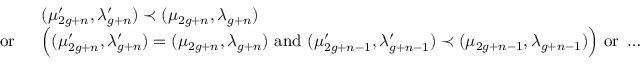
\begin{array} { r l } & { \: ( \mu _ { 2 g + n } ^ { \prime } , \lambda _ { g + n } ^ { \prime } ) \prec ( \mu _ { 2 g + n } , \lambda _ { g + n } ) } \\ { \mathrm { ~ o r ~ } } & { \: \Big ( ( \mu _ { 2 g + n } ^ { \prime } , \lambda _ { g + n } ^ { \prime } ) = ( \mu _ { 2 g + n } , \lambda _ { g + n } ) \mathrm { ~ a n d ~ } ( \mu _ { 2 g + n - 1 } ^ { \prime } , \lambda _ { g + n - 1 } ^ { \prime } ) \prec ( \mu _ { 2 g + n - 1 } , \lambda _ { g + n - 1 } ) \Big ) \mathrm { ~ o r ~ } \ldots } \end{array}